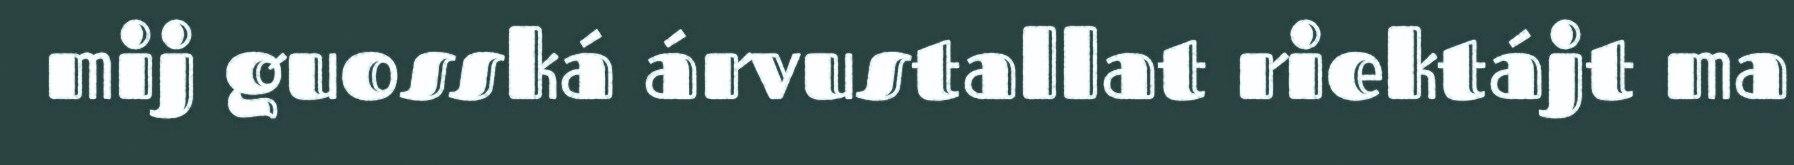
mij guosská árvustallat riektájt ma